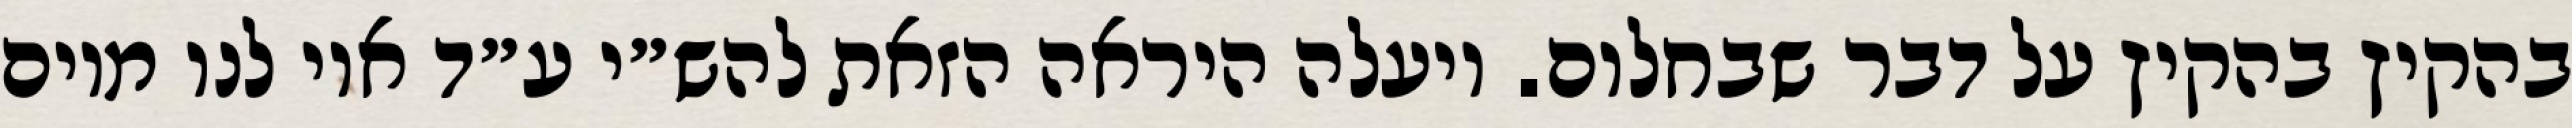
בהקיץ בהקיץ על דבר שבחלום. ויעלה היראה הזאת להש״י ע״ד אוי לנו מיום